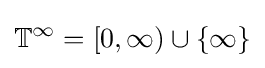
\mathbb {T} ^{\infty }=[0,\infty )\cup \{\infty \}